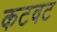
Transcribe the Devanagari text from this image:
कटवट